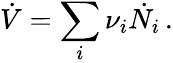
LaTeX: \dot{V}=\sum_{i}\nu_{i}\dot{N_{i}}\, .